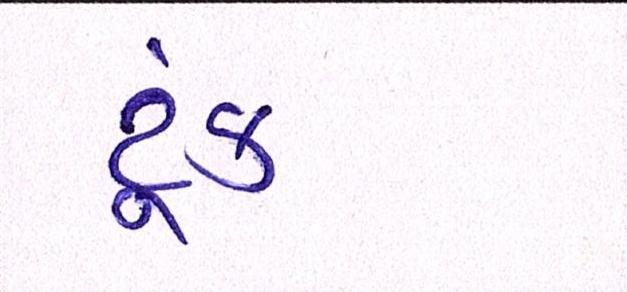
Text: ટૂંક